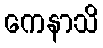
ကေနာသိ